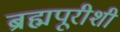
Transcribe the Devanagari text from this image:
ब्रह्मपूरीशी